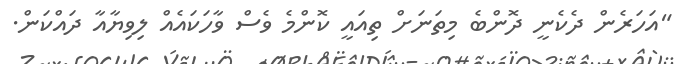
"އަހަރެން ދެކެނީ ދޮންބެ މިތަނަށް ތިއައީ ކޮންމެ ވެސް ވާހަކައެއް ލިވިޔާއާ ދައްކަން.